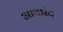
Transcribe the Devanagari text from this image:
आचारंव